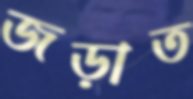
জড়াত